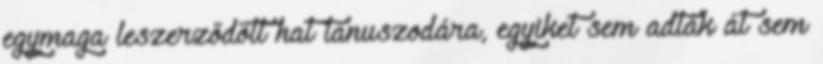
egymaga leszerződött hat tanuszodára, egyiket sem adták át sem